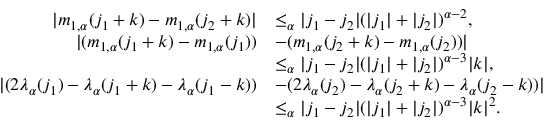
\begin{array} { r l } { | m _ { 1 , \alpha } ( j _ { 1 } + k ) - m _ { 1 , \alpha } ( j _ { 2 } + k ) | } & { \le _ { \alpha } | j _ { 1 } - j _ { 2 } | ( | j _ { 1 } | + | j _ { 2 } | ) ^ { \alpha - 2 } , } \\ { | ( m _ { 1 , \alpha } ( j _ { 1 } + k ) - m _ { 1 , \alpha } ( j _ { 1 } ) ) } & { - ( m _ { 1 , \alpha } ( j _ { 2 } + k ) - m _ { 1 , \alpha } ( j _ { 2 } ) ) | } \\ & { \le _ { \alpha } | j _ { 1 } - j _ { 2 } | ( | j _ { 1 } | + | j _ { 2 } | ) ^ { \alpha - 3 } | k | , } \\ { | ( 2 \lambda _ { \alpha } ( j _ { 1 } ) - \lambda _ { \alpha } ( j _ { 1 } + k ) - \lambda _ { \alpha } ( j _ { 1 } - k ) ) } & { - ( 2 \lambda _ { \alpha } ( j _ { 2 } ) - \lambda _ { \alpha } ( j _ { 2 } + k ) - \lambda _ { \alpha } ( j _ { 2 } - k ) ) | } \\ & { \le _ { \alpha } | j _ { 1 } - j _ { 2 } | ( | j _ { 1 } | + | j _ { 2 } | ) ^ { \alpha - 3 } | k | ^ { 2 } . } \end{array}